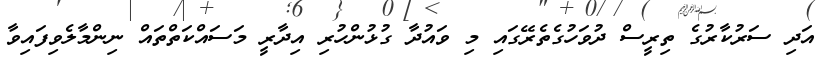
އަދި ސަރުކާރުގެ ތިރީސް ދުވަހުގެތެރޭގައި މި ވައުދާ ގުޅުންހުރި އިދާރީ މަސައްކަތްތައް ނިންމާލެވިފައިވާ